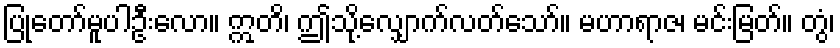
ပြုတော်မူပါဦးလော။ ဣတိ၊ ဤသို့လျှောက်လတ်သော်။ မဟာရာဇ၊ မင်းမြတ်။ တွံ၊